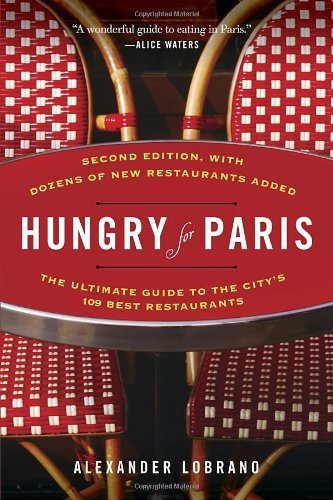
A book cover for Hungry for Paris (second edition): The Ultimate Guide to the City's 109 Best Restaurants; Alexander Lobrano; Travel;